Madras plague regulations in force outside the Presidency town - Volume 5
Disease focus: Plague
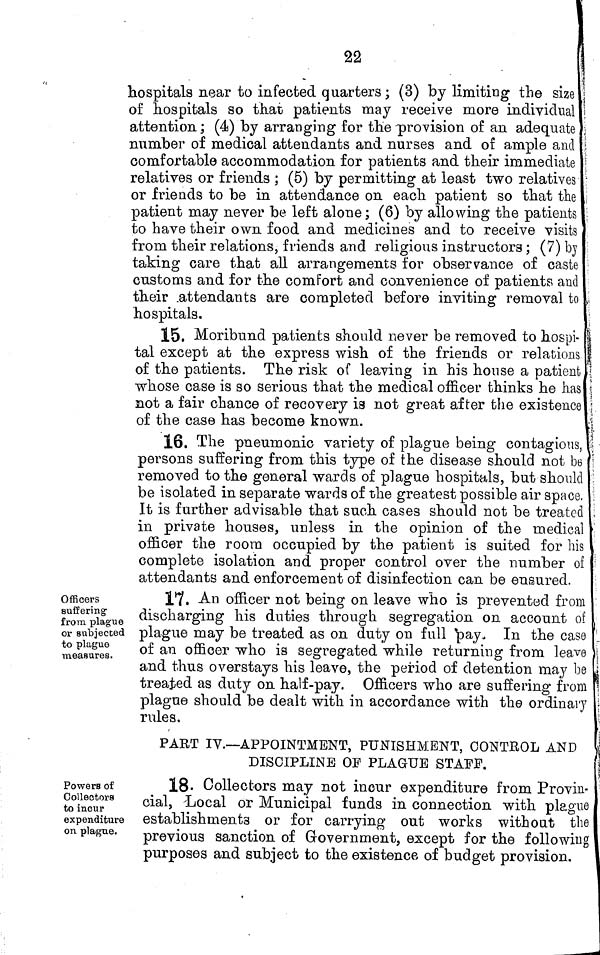
22
hospitals near to infected quarters; (3) by limiting the size
of hospitals so that patients may receive more individual
attention ; (4) by arranging for the -provision of an adequate
number of medical attendants and nurses and of ample and
comfortable accommodation for patients and their immediate
relatives or friends ; (5) by permitting at least two relatives
or friends to be in attendance on each patient so that the
patient may never be left alone; (6) by allowing the patients
to have their own food and medicines and to receive visits
from their relations, friends and religious instructors ; (7) by
taking care that all arrangements for observance of caste
customs and for the comfort and convenience of patients and
their .attendants are completed before inviting removal to
hospitals.
15. Moribund patients should never be removed to hospi-
tal except at the express wish of the friends or relations
of the patients. The risk of leaving in his house a patient
whose case is so serious that the medical officer thinks he has
not a fair chance of recovery is not great after the existence
of the case has become known.
16. The pneumonic variety of plague being contagions,
persons suffering from this type of the disease should not be
removed to the general wards of plague hospitals, but should
be isolated in separate wards of the greatest possible air space.
It is further advisable that such cases should not be treated
in private houses, unless in the opinion of the medical
officer the room occupied by the patient is suited for his
complete isolation and proper control over the number of
attendants and enforcement of disinfection can be ensured.
Officers
suffering
from plague
or subjected
to plague
measures.
17. An officer not being on leave who is prevented from
discharging his duties through segregation on account of
plague may be treated as on duty on full 'pay. In the case
of an officer who is segregated while returning from leave
and thus overstays his leave, the period of detention may be
treated as duty on half-pay. Officers who are suffering from
plague should be dealt with in accordance with the ordinary
rules.
PART IY.—APPOINTMENT, PUNISHMENT, CONTROL AND
DISCIPLINE OF PLAGUE STAFF.
Powers of
Collectors
to incur
expenditure
on plague.
18« Collectors may not incur expenditure from Provin-
cial, Local or Municipal funds in connection with plague
establishments or for carrying out works without the
previous sanction of Government, except for the following
purposes and subject to the existence of budget provision.